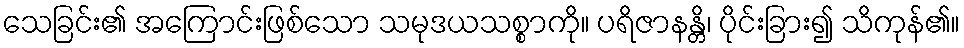
သေခြင်း၏ အကြောင်းဖြစ်သော သမုဒယသစ္စာကို။ ပရိဇာနန္တိ၊ ပိုင်းခြား၍ သိကုန်၏။